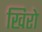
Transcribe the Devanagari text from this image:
खिरो